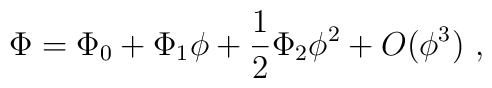
\Phi = \Phi_0 + \Phi_1 \phi +\frac12 \Phi_2 \phi^2 +O(\phi^3)~,